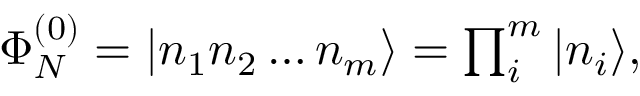
\begin{array} { r } { \Phi _ { N } ^ { ( 0 ) } = | n _ { 1 } n _ { 2 } \dots n _ { m } \rangle = \prod _ { i } ^ { m } | n _ { i } \rangle , } \end{array}